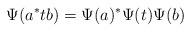
LaTeX: \begin{align*}\Psi(a^* t b)=\Psi(a)^* \Psi(t) \Psi(b)\end{align*}